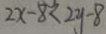
2 x - 8 < 2 y - 8